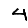
Digit: 4